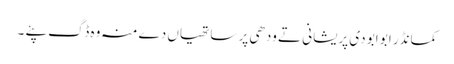
کمانڈر ابو ابو دی پریشانی تے ودھی پر ساتھیاں دے منہ وہ ڈگ پئے ۔